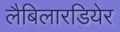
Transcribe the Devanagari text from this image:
लैबिलारडियेर